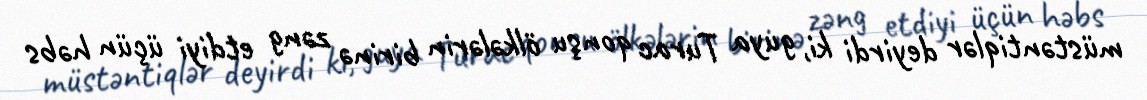
müstəntiqlər deyirdi ki, guya Turac qonşu ölkələrin birinə zəng etdiyi üçün həbs